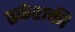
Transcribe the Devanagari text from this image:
तर्कशक्ती